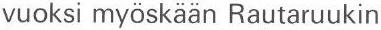
vuoksi myöskään Rautaruukin